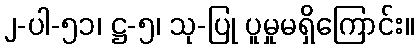
၂-ပါ-၅၁၊ ဋ္ဌ-၅၊ သု-ပြု ပူမှုမရှိကြောင်း။